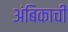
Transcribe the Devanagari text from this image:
अंबिकाची